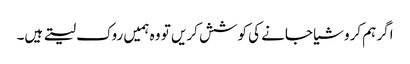
اگر ہم کروشیا جانے کی کوشش کریں تو وہ ہمیں روک لیتے ہیں۔